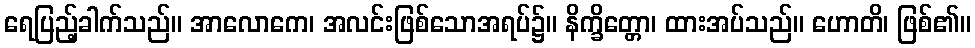
ရေပြည့်ခါက်သည်။ အာလောကေ၊ အလင်းဖြစ်သောအရပ်၌။ နိက္ခိတ္တော၊ ထားအပ်သည်။ ဟောတိ၊ ဖြစ်၏။